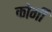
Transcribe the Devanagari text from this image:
कोर्गी